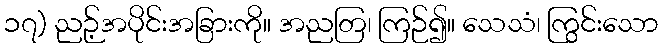
၁၇) ညဉ့်အပိုင်းအခြားကို။ အညတြ၊ ကြဉ်၍။ သေသံ၊ ကြွင်းသော